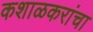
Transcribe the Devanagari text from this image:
कशाळकरांचा